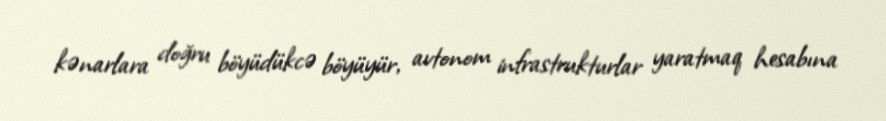
kənarlara doğru böyüdükcə böyüyür, avtonom infrastrukturlar yaratmaq hesabına